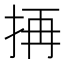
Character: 𭠣